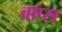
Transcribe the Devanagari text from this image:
वाप्स